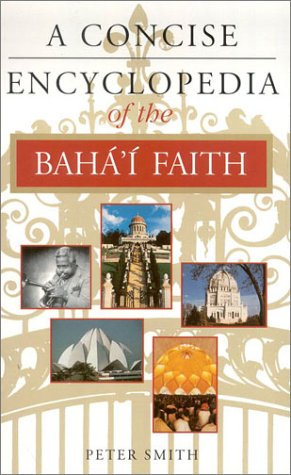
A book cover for A Concise Encyclopedia of the BahÃ¡EEÃ­ Faith (Concise Encyclopedia of World Faiths); Peter Smith; Religion & Spirituality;